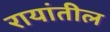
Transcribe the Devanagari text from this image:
रायांतील